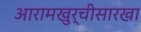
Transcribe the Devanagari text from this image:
आरामखुर्चीसारखा